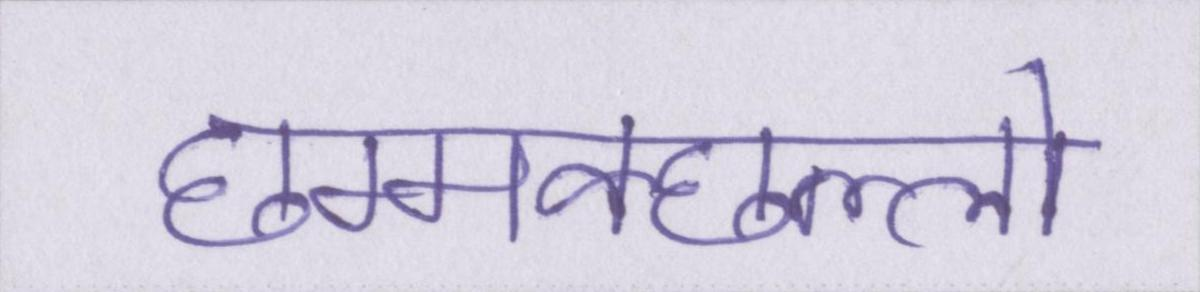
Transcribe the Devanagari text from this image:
छम्मक्छल्लो